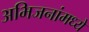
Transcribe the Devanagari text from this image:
अभिजनांमध्ये